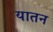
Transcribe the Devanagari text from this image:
यातन